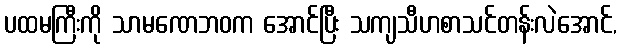
ပထမကြီးကို သာမဏေဘဝက အောင်ပြီး သကျသီဟစာသင်တန်းလဲအောင်,